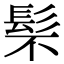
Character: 䯱